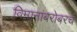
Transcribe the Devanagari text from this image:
विमानांबरोबरच